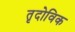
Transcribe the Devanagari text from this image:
तृदोविक